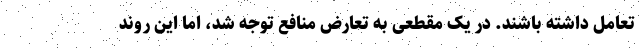
تعامل داشته باشند. در یک مقطعی به تعارض منافع توجه شد، اما این روند